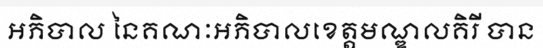
អភិបាល នៃគណៈអភិបាលខេត្តមណ្ឌលគិរី បាន